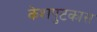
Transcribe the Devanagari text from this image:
केशपुटकास